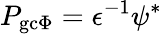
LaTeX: P_{\mathrm{gc}\Phi}=\epsilon^{-1}\psi^{*}